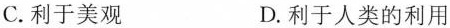
C.利于美观 D.利于人类的利用